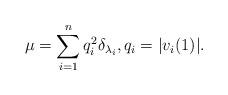
LaTeX: \begin{align*}\mu = \sum_{i = 1}^n q_i^2 \delta_{\lambda_i},q_i = |v_i(1)|.\end{align*}